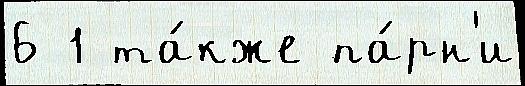
6 1 та́кже па́рн'и